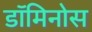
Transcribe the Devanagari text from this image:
डॉमिनोस